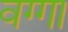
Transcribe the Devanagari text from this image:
वग्गा